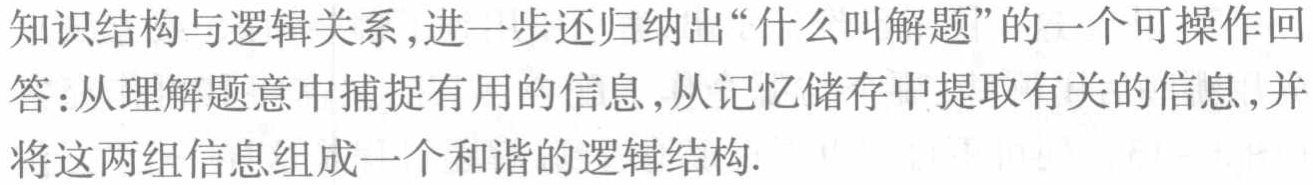
知识结构与逻辑关系,进一步还归纳出“什么叫解题”的一个可操作回
答：从理解题意中捕捉有用的信息,从记忆储存中提取有关的信息,并
将这两组信息组成一个和谐的逻辑结构.